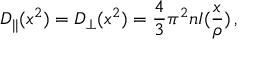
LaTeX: { \cal D } _ { | | } ( x ^ { 2 } ) = { \cal D } _ { \bot } ( x ^ { 2 } ) = \frac { 4 } { 3 } \pi ^ { 2 } n I ( \frac { x } { \rho } ) \, ,